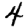
Digit: 4